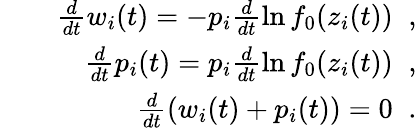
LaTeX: \begin{array}{rlr}&{}&{\frac{d}{dt}w_{i}(t)=-p_{i}\frac{d}{dt}\ln f_{0}(z_{i}(t))\; \; ,}\\ &{}&{\frac{d}{dt}p_{i}(t)=p_{i}\frac{d}{dt}\ln f_{0}(z_{i}(t))\; \; ,}\\ &{}&{\frac{d}{dt}(w_{i}(t)+p_{i}(t))=0\; \; .}\end{array}